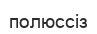
полюссіз